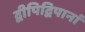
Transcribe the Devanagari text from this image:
द्वीपिद्विपानां